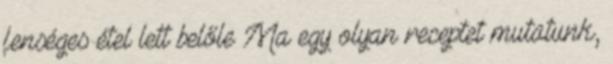
fenséges étel lett belőle Ma egy olyan receptet mutatunk,